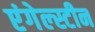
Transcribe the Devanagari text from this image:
एंगेल्स्टीन